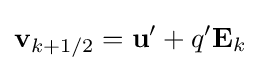
\mathbf {v} _{k+1/2}=\mathbf {u} '+q'\mathbf {E} _{k}